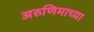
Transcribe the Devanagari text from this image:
अरुणिमाच्या